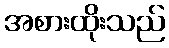
အစားထိုးသည်